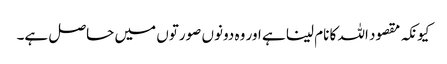
کیونکہ مقصود اللہ کا نام لینا ہے اور وہ دونوں صورتوں میں حاصل ہے۔